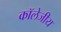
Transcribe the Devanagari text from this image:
कॉलेजीय